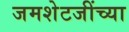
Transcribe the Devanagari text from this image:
जमशेटजींच्या